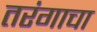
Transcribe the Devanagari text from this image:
तरंगाचा